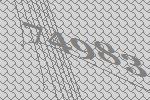
74983